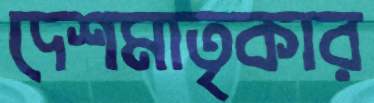
দেশমাতৃকার